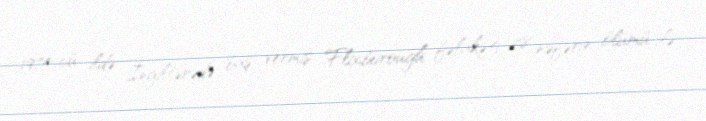
1974-cü ildə İngiltərədə baş vermiş Flixborough fəlakəti 28 nəfərin ölümü ilə